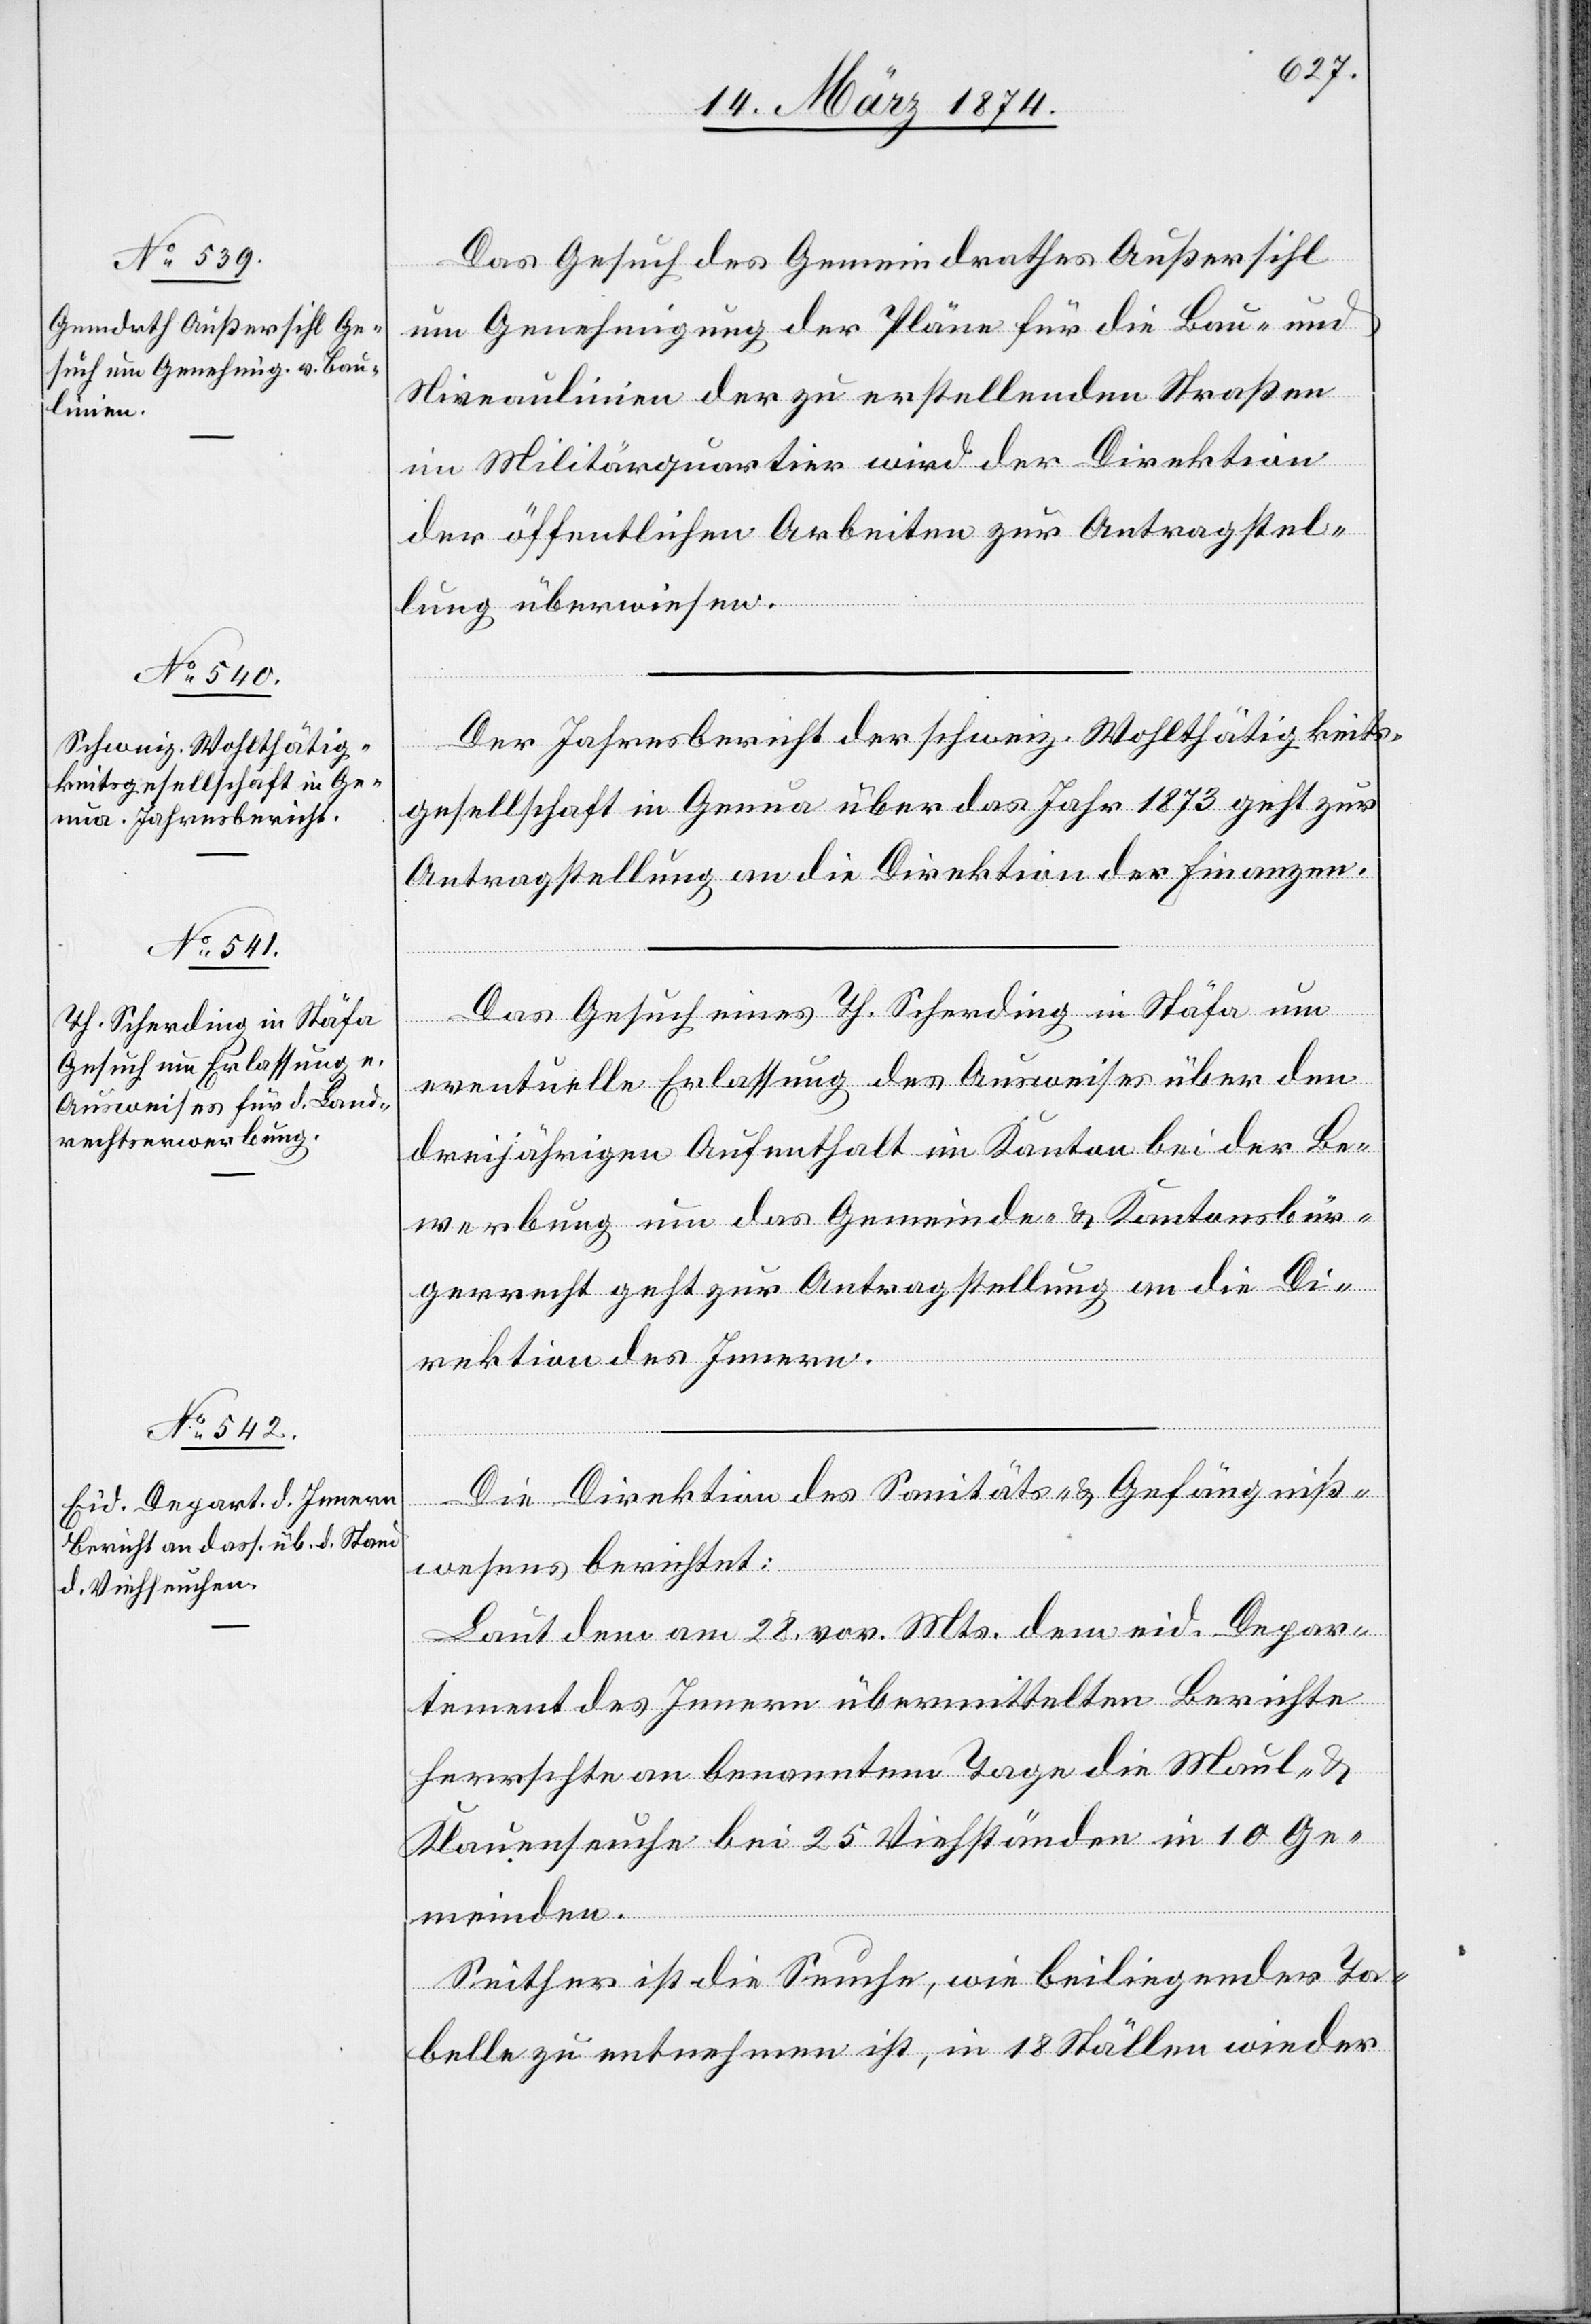
14. März 1874.]
Das Gesuch des Gemeindrathes Außersihl
um Genehmigung der Pläne für die Bau- und
Niveaulinien der zu erstellenden Straßen
im Militärquartier wird der Direktion
der öffentlichen Arbeiten zur Antragstel¬
lung überwiesen.
Der Jahresbericht der schweiz. Wohltätigkeits¬
gesellschaft in Genua über das Jahr 1873 geht zur
Antragstellung an die Direktion der Finanzen.
Das Gesuch eines Th. Scherding in Stäfa um
eventuelle Erlassung des Ausweises über den
dreijährigen Aufenthalt im Kanton bei der Be¬
werbung um das Gemeinde- u. Kantonsbür¬
gerrecht geht zur Antragstellung an die Di¬
rektion des Innern.
Die Direktion des Sanitäts- u. Gefängniß¬
wesens berichtet:
Laut dem am 28. vor. Mts. dem eid. Depar¬
tement des Innern übermittelten Berichte
herrschte an benanntem Tage die Maul- u.
Klauenseuche bei 25 Viehständen in 10 Ge¬
meinden.
Seither ist die Seuche, wie beiliegender Ta¬
belle zu entnehmen ist, in 18 Ställen wieder